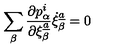
\sum _ { \beta } { \frac { \partial p _ { \alpha } \sp { { i } } } { \partial \xi _ { \beta } \sp { \underline { { a } } } } } \dot { \xi } _ { \beta } \sp { \underline { { a } } } = 0